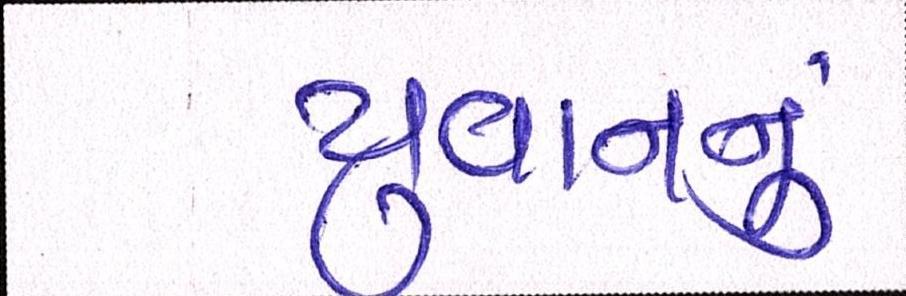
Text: યુવાનનુ